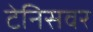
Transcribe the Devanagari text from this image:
टेनिसवर